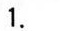
1.